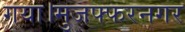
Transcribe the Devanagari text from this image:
गया।मुजफ्फरनगर